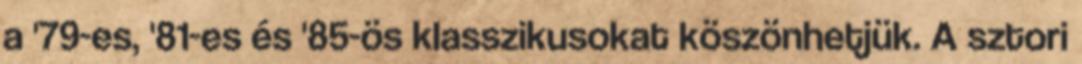
a '79-es, '81-es és '85-ös klasszikusokat köszönhetjük. A sztori